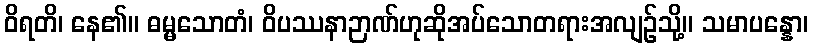
ဝိရတိ၊ နေ၏။ ဓမ္မသောတံ၊ ဝိပဿနာဉာဏ်ဟုဆိုအပ်သောတရားအလျဉ်သို့။ သမာပန္နော၊